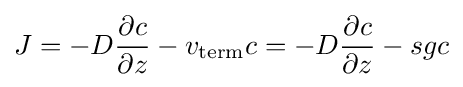
J=-D{\frac {\partial c}{\partial z}}-v_{\text{term}}c=-D{\frac {\partial c}{\partial z}}-sgc